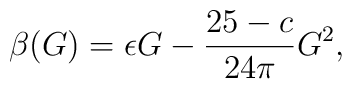
\beta(G)=\epsilon G- \frac{25-c}{24\pi}G^2,